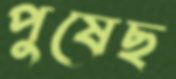
পুষেছ